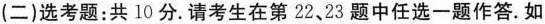
(二)选考题：共10分。请考生在第22、23题中任选一题作答。如